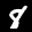
Label: 8